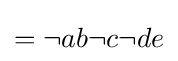
{\textstyle =\neg ab\neg c\neg de}